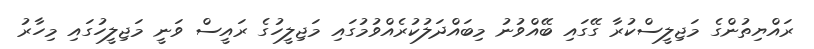
ރައްޔިތުންގެ މަޖިލީސްކުރާ ގޭގައި ބޭއްވުނު މިބައްދަލުކުރެއްވުމުގައި މަޖިލީހުގެ ރައީސް ވަނީ މަޖިލީހުގައި މިހާރު